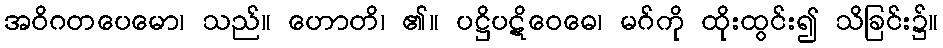
အဝိဂတပေမော၊ သည်။ ဟောတိ၊ ၏။ ပဋ္ဌိပဋိဝေဓေ၊ မဂ်ကို ထိုးထွင်း၍ သိခြင်း၌။